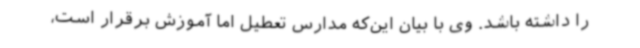
را داشته باشد. وی با بیان این‌که مدارس تعطیل اما آموزش برقرار است،